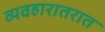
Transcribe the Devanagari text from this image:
व्यवहारातरात